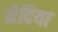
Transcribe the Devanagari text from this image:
नेदिया